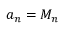
a _ { n } = M _ { n }